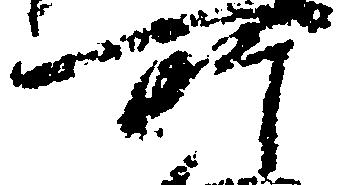
所